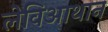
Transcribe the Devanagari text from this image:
लेविआथान